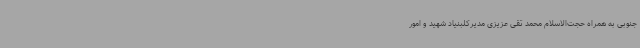
جنوبی به همراه حجت‌الاسلام محمد تقی عزیزی مدیرکلبنیاد شهید و امور